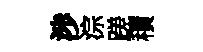
渉淙蹉積